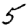
Digit: 5